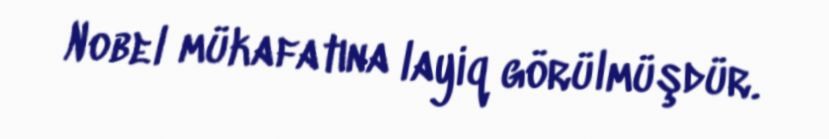
Nobel mükafatına layiq görülmüşdür.